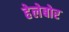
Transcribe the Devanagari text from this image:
हेलेबोर